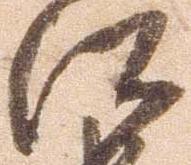
江